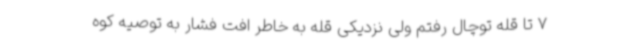
7 تا قله توچال رفتم ولی نزدیکی قله به‌ خاطر افت فشار به توصیه کوه